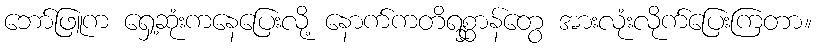
ဘော်ဖြူက ရှေ့ဆုံးကနေပြေးလို့ နောက်ကတိရစ္ဆာန်တွေ အားလုံးလိုက်ပြေးကြတာ။